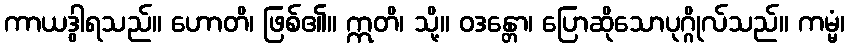
ကာယဒွါရသည်။ ဟောတိ၊ ဖြစ်၏။ ဣတိ၊ သို့။ ဝဒန္တော၊ ပြောဆိုသောပုဂ္ဂိုလ်သည်။ ကမ္မံ၊